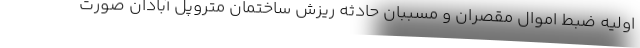
اولیه ضبط اموال مقصران و مسببان حادثه ریزش ساختمان متروپل آبادان صورت